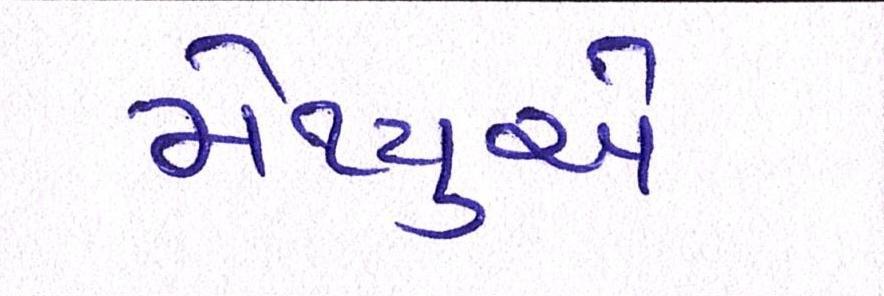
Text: મેથ્યુએ